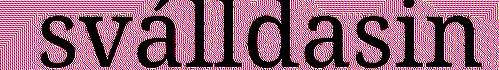
sválldasin